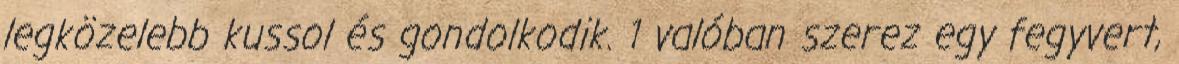
legközelebb kussol és gondolkodik. 1 valóban szerez egy fegyvert,